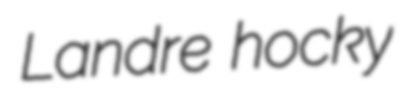
Landre hocky